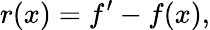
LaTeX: r(x)=f^{\prime}-f(x),